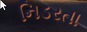
નિડરતા